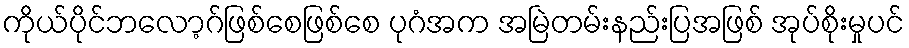
ကိုယ်ပိုင်ဘလော့ဂ်ဖြစ်စေဖြစ်စေ ပုဂံအက အမြဲတမ်းနည်းပြအဖြစ် အုပ်စိုးမှုပင်